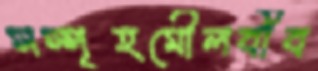
সস্পৃহমৌলবীব